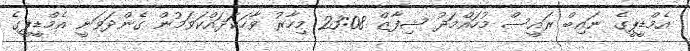
އެމްޑީީޕީގެ ނައިބް ރައީސް މުހައްމަދު ޝިފާޒް 23:08 މިހާރު ވާހަކަދައްކަވަމުން ގެންދަވަނީ އެމްޑީީޕީގެ